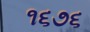
૧૬૭૬